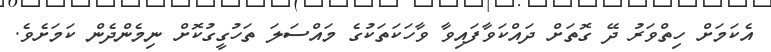
އެކަމަށް ހިތްވަރު ދޭ ގޮތަށް ދައްކަވާފައިވާ ވާހަކަތަކުގެ މައްސަލަ ތަހުގީގުކޮށް ނިމެންދެން ކަމަށެވެ.